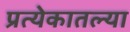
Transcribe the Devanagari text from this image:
प्रत्येकातल्या